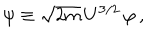
\psi \equiv \sqrt { 2 m } \, U ^ { 3 / 2 } \, \varphi \, ,